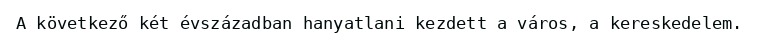
A következő két évszázadban hanyatlani kezdett a város, a kereskedelem.